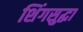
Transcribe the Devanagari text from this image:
शिंगसुद्धा